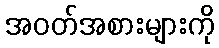
အဝတ်အစားများကို